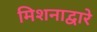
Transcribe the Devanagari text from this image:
मिशनाद्वारे